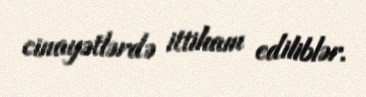
cinayətlərdə ittiham ediliblər.